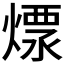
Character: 𤍭